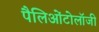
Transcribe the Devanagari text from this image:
पैलिओंटोलॉजी